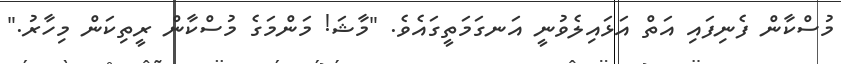
މުސްކާން ފެނިފައި އަތް އަޅައިލެވުނީ އަނގަމަތީގައެވެ. "މާޝަ! މަންމަގެ މުސްކާން ރީތިކަން މިހާރު."